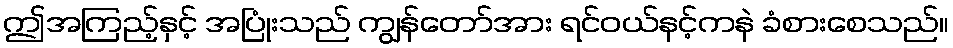
ဤအကြည့်နှင့် အပြုံးသည် ကျွန်တော်အား ရင်ဝယ်နင့်ကနဲ ခံစားစေသည်။